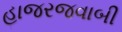
હાજરજવાબી